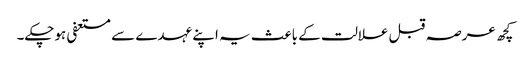
کچھ عرصہ قبل علالت کے باعث یہ اپنے عہدے سے مستعفی ہوچکے۔